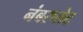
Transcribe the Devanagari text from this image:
नंबरप्लेट